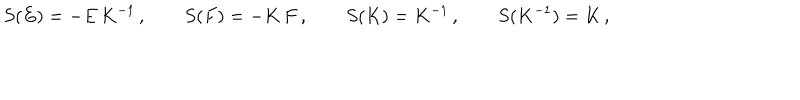
LaTeX: S ( E ) = - E \, K ^ { - 1 } \, , \qquad S ( F ) = - K \, F \, , \qquad S ( K ) = K ^ { - 1 } \, , \qquad S ( K ^ { - 1 } ) = K \, ,